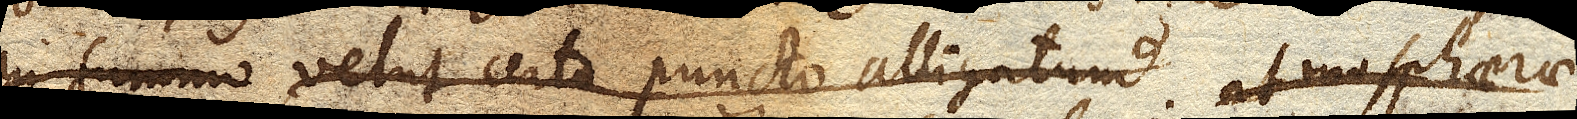
in summo velut certo puncto alligatum atmosphaerae